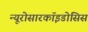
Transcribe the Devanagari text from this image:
न्यूरोसारकॉइडोसिस